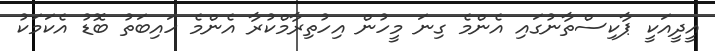
އީދީއަކީ ޕާކިސްތާނުގައި އެންމެ ގިނަ މީހުން އިހުތިރާމްކުރާ އެންމެ ހައިބަތު ބޮޑު އެކަމަކު